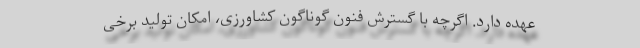
عهده دارد. اگرچه با گسترش فنون گوناگون کشاورزی، امکان تولید برخی